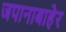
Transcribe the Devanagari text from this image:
जपानाबाहेर